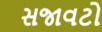
સજાવટો